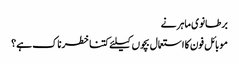
برطانوی ماہر نے
موبائل فون کا استعمال بچوں کیلئے کتنا خطرناک ہے؟